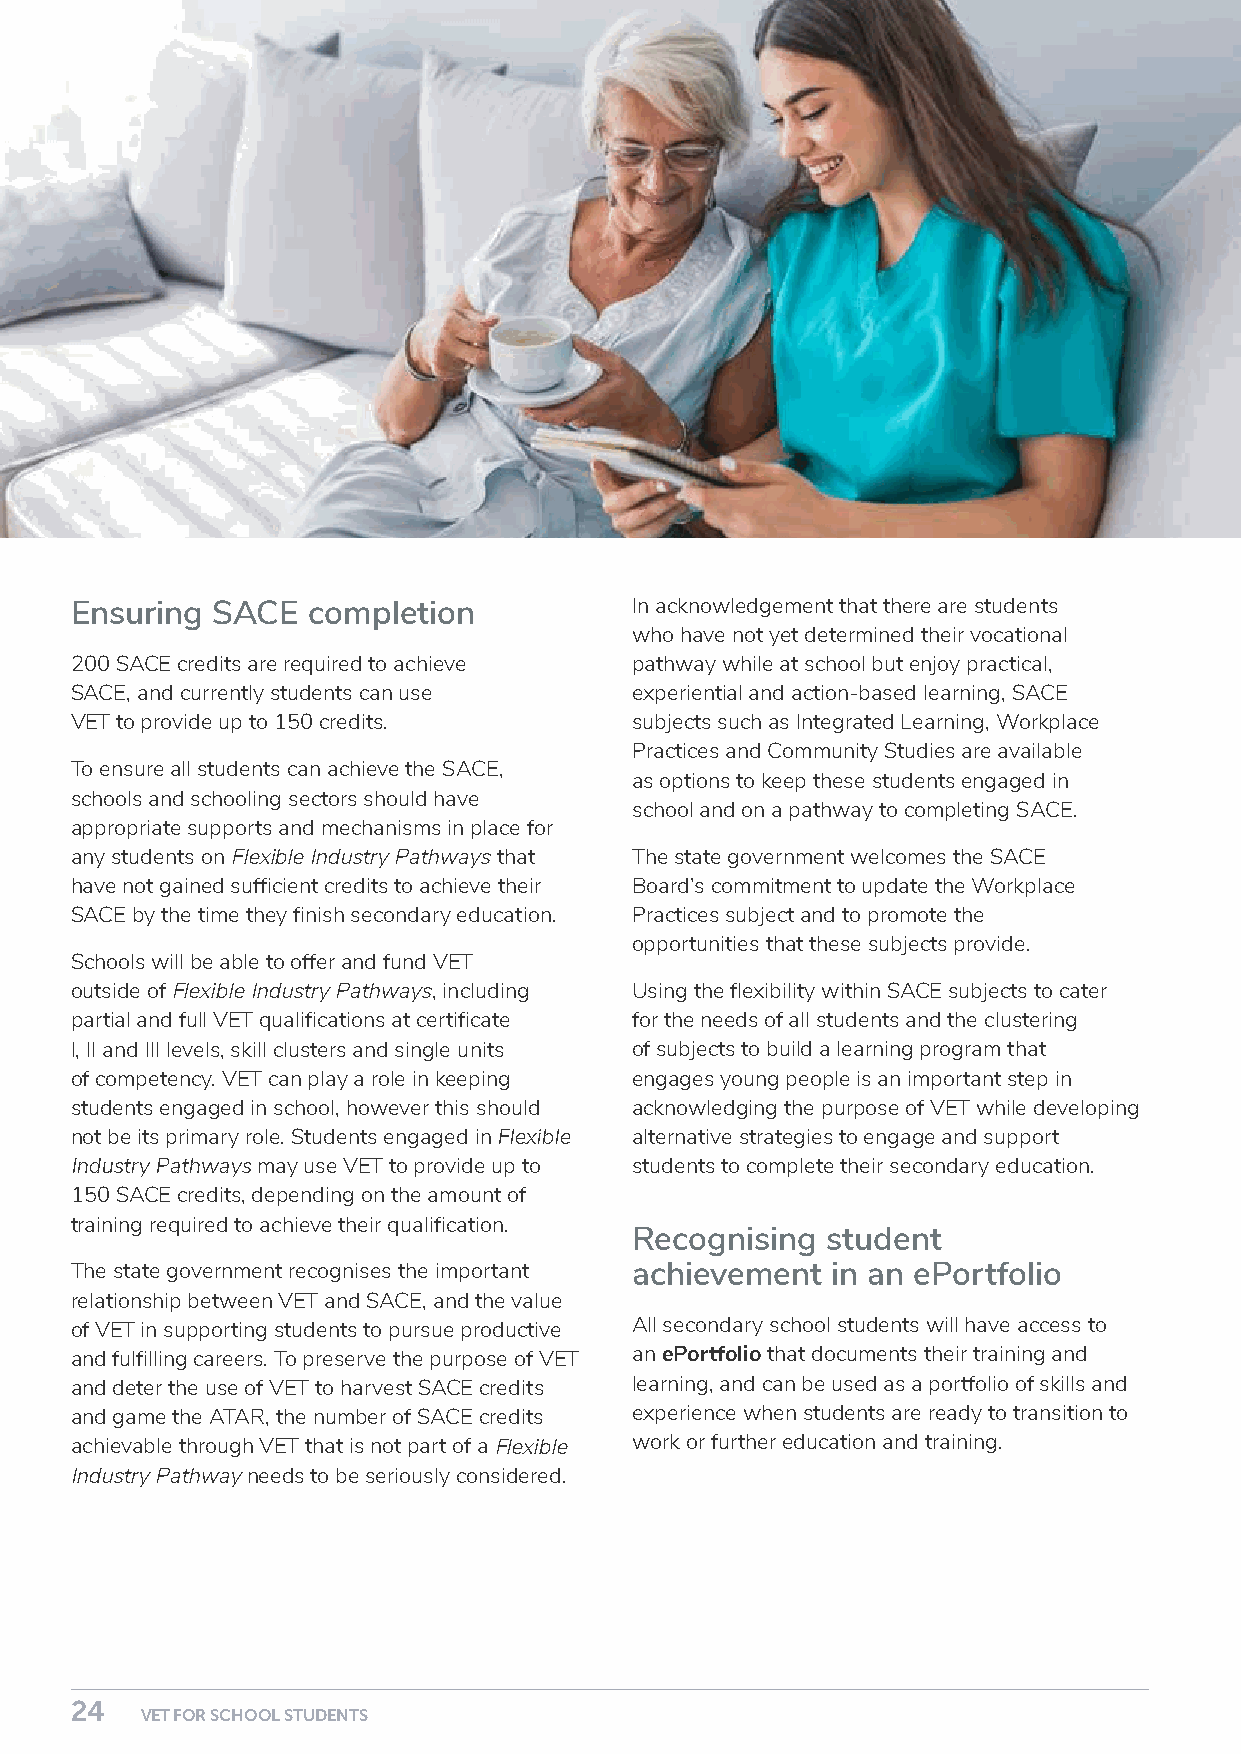
Ensuring SACE  completion            In acknowledgement that there are students
 who have not yet determined their vocational
 200 SACE credits are required to achieve pathway while at school but enjoy practical,
 SACE, and currently students can use experiential and action-based learning, SACE
 VET to provide up to 150 credits.    subjects such as Integrated Learning, Workplace
 Practices and Community Studies are available
 To ensure all students can achieve the SACE,
 as options to keep these students engaged in
 schools and schooling sectors should have
 school and on a pathway to completing SACE.
 appropriate supports and mechanisms in place for
 any students on Flexible Industry Pathways that The state government welcomes the SACE
 have not gained sufficient credits to achieve their Board’s commitment to update the Workplace
 SACE by the time they finish secondary education. Practices subject and to promote the
 opportunities that these subjects provide.
 Schools will be able to offer and fund VET
 outside of Flexible Industry Pathways, including Using the flexibility within SACE subjects to cater
 partial and full VET qualifications at certificate for the needs of all students and the clustering
 I, II and III levels, skill clusters and single units of subjects to build a learning program that
 of competency. VET can play a role in keeping engages young people is an important step in
 students engaged in school, however this should acknowledging the purpose of VET while developing
 not be its primary role. Students engaged in Flexible alternative strategies to engage and support
 Industry Pathways may use VET to provide up to students to complete their secondary education.
 150 SACE credits, depending on the amount of
 training required to achieve their qualification.
 Recognising  student
 The state government recognises the important achievement in an ePortfolio
 relationship between VET and SACE, and the value
 of VET in supporting students to pursue productive All secondary school students will have access to
 and fulfilling careers. To preserve the purpose of VET an ePortfolio that documents their training and
 and deter the use of VET to harvest SACE credits learning, and can be used as a portfolio of skills and
 and game the ATAR, the number of SACE credits experience when students are ready to transition to
 achievable through VET that is not part of a Flexible work or further education and training.
 Industry Pathway needs to be seriously considered.
 24                                                                                                                                                       25
 VET FOR SCHOOL STUDENTS                                                                                                             VET FOR SCHOOL STUDENTS